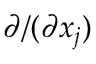
\partial / ( \partial x _ { j } )